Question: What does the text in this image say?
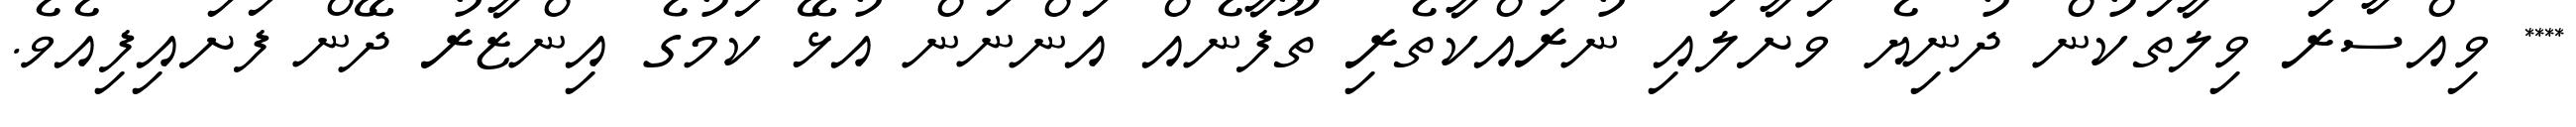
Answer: **** ވިއްސާރަ ވިލާތަކުން ދުނިޔެ ވަށާލައި ނުރައްކާތެރި ތޫފާނެއް އަންނަން އުޅޭ ކަމުގެ އިންޒާރު ދޭން ފަށައިފިއެވެ.